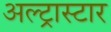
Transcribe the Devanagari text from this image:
अल्ट्रास्टार